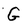
Character: G